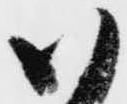
御